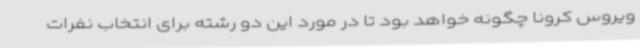
ویروس کرونا چگونه خواهد بود تا در مورد این دو رشته برای انتخاب نفرات